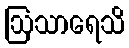
ဩသာရေသိ